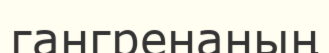
гангренаның